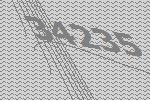
34235